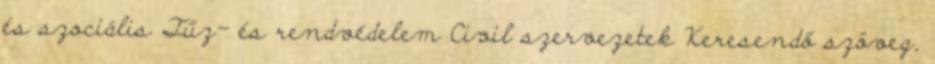
és szociális Tűz- és rendvédelem Civil szervezetek Keresendő szöveg,